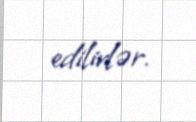
edilirlər.